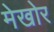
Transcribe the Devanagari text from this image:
मेखोर